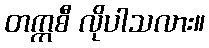
တက္ကစီ လိုပါသလား။